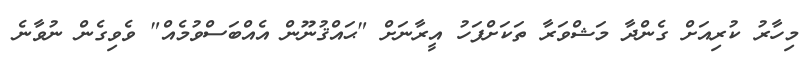
މިހާރު ކުރިއަށް ގެންދާ މަޝްވަރާ ތަކަށްފަހު އީރާނަށް "ޙައްޤުނޫން އެއްބަސްވުމެއް" ވެވިގެން ނުވާނެ